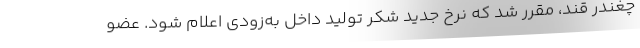
چغندر قند، مقرر شد که نرخ جدید شکر تولید داخل به‌زودی اعلام شود. عضو